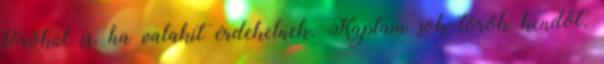
törökül is, ha valakit érdekelnek. Kaptam sok török kendőt,